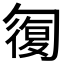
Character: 𠣾